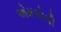
એમએપી